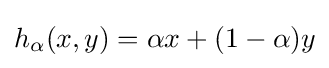
h_{\alpha }(x,y)=\alpha x+(1-\alpha )y